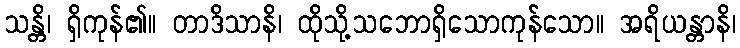
သန္တိ၊ ရှိကုန်၏။ တာဒိသာနိ၊ ထိုသို့သဘောရှိသောကုန်သော။ အရိယန္တာနိ၊